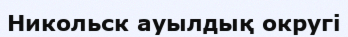
Никольск ауылдық округі